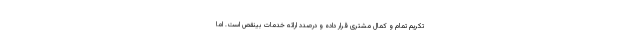
تکریم تمام و کمال مشتری قرار داده و درصدد ارائه خدمات بینقص است. اما